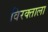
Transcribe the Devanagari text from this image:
विरक्ताला